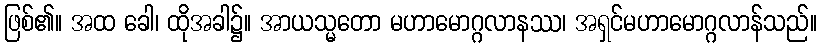
ဖြစ်၏။ အထ ခေါ၊ ထိုအခါ၌။ အာယသ္မတော မဟာမောဂ္ဂလာနဿ၊ အရှင်မဟာမောဂ္ဂလာန်သည်။